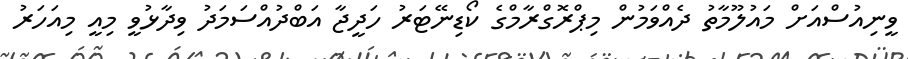
ވީނިއުސްއަށް މައުލޫމާތު ދެއްވަމުން މިޕްރޮގްރާމްގެ ކޯޑިނޭޓަރު ހަދީޖާ އަބްދުއްސަމަދު ވިދާޅުވީ މިއީ މިއަހަރު